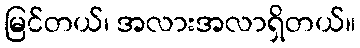
မြင်တယ်၊ အလားအလာရှိတယ်။